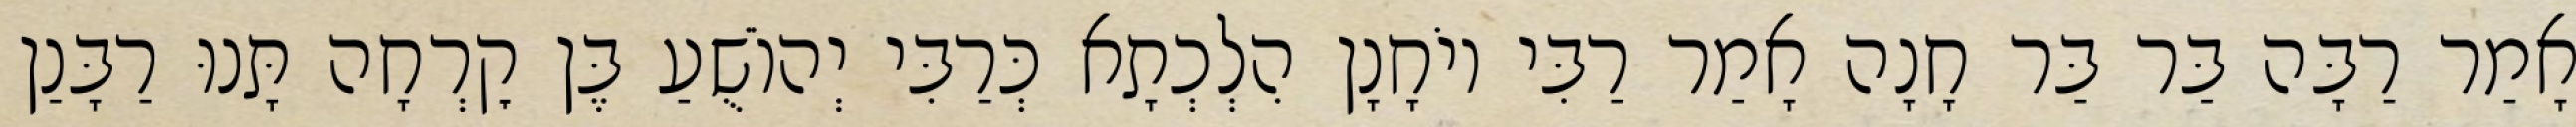
אָמַר רַבָּה בַּר בַּר חָנָה אָמַר רַבִּי יוֹחָנָן הִלְכְתָא כְּרַבִּי יְהוֹשֻׁעַ בֶּן קׇרְחָה תָּנוּ רַבָּנַן